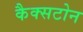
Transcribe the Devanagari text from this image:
कैक्सटोन